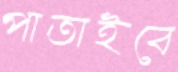
পাতাইবে